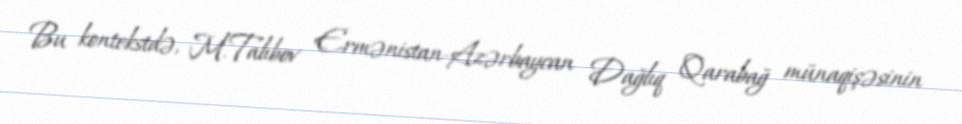
Bu kontekstdə, M.Talıbov Ermənistan-Azərbaycan Dağlıq Qarabağ münaqişəsinin